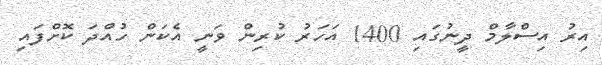
އިރު އިސްލާމް ދީނުގައި 1400 އަހަރު ކުރިން ވަނީ އެކަން ހުއްދަ ކޮށްފައި